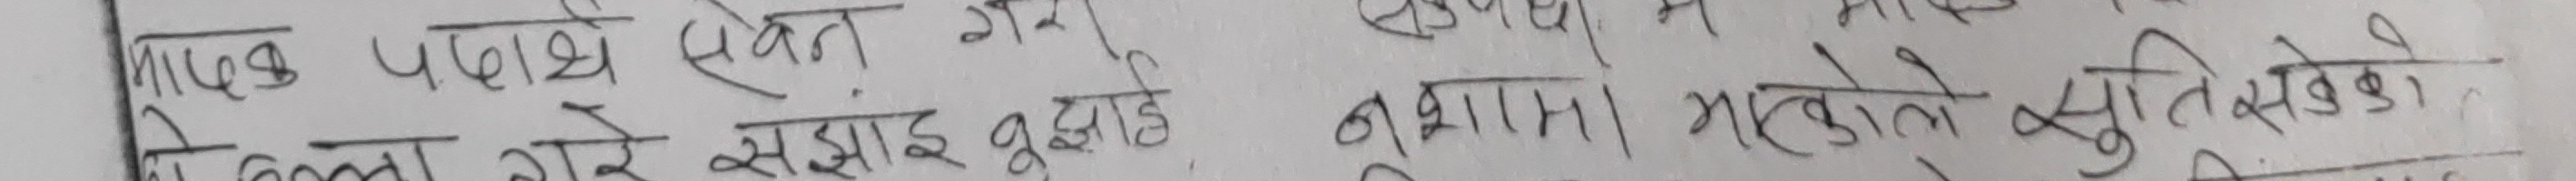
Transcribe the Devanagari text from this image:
माथि एक पदार्थ एवम् गरे नशामा माइक्रो सुतिलेखको
ति कुरा गरेर सम्झाई बुझाई